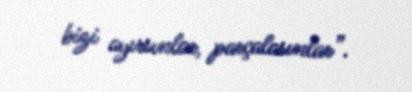
bizi ayırsınlar, parçalasınlar”.